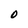
Character: 0